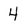
Character: 4